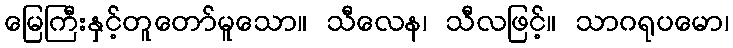
မြေကြီးနှင့်တူတော်မူသော။ သီလေန၊ သီလဖြင့်။ သာဂရုပမော၊